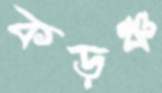
কড়ঞ্চ